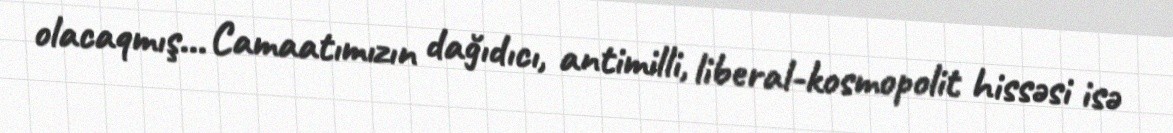
olacaqmış... Camaatımızın dağıdıcı, antimilli, liberal-kosmopolit hissəsi isə